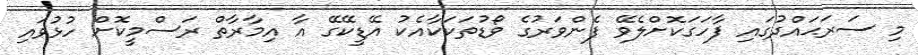
މި ސަރަޙައްދުގައި ފާހަގަކޮށްލެވޭ ފެންވަރުގެ ވޯޑުތަކަކާއެކު އޭޑީކޭގޭ އާ އިމާރާތް ރަސްމީކޮށް ހުޅުވައި